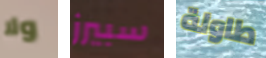
ولا سبيرز طاولة